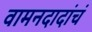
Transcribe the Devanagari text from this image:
वामनदादांचं